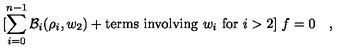
[ \sum _ { i = 0 } ^ { n - 1 } { \cal B } _ { i } ( \rho _ { i } , w _ { 2 } ) + \mathrm { t e r m s \ i n v o l v i n g \ } w _ { i } \mathrm { \ f o r \ } i > 2 ] \ f = 0 \quad ,